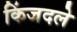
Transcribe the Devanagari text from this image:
किंजदले